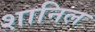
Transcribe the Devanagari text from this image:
शानिल